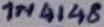
Text: 1N4148